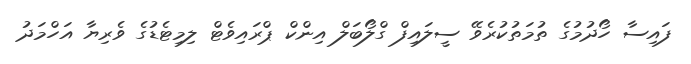
ފައިސާ ހޯދުމުގެ ތުމަތުކުރެވޭ ސީލައިފް ގްލޯބަލް އިންކް ޕްރައިވެޓް ލިމިޓެޑުގެ ވެރިޔާ އަހްމަދު